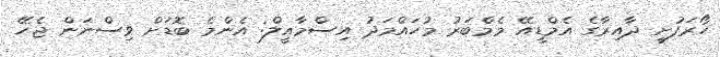
ހޯރަފުށީ ދާއިރާގެ އެމްޑީއޭ މެމްބަރު މުހައްމަދު އިސްމާއީލް: އެންމެ ބޮޑަށް ވިސްނަން ޖެހޭ